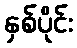
နှစ်ပိုင်း